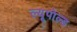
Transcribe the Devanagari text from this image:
ल्यूपोल्ड